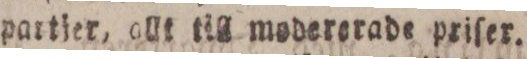
partjer, allt till modererade priſer.